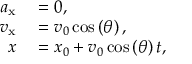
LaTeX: \begin{array} { r l } { a _ { \mathrm { x } } } & { { } = 0 , } \\ { v _ { \mathrm { x } } } & { { } = v _ { 0 } \cos \left( \theta \right) , } \\ { x } & { { } = x _ { 0 } + v _ { 0 } \cos \left( \theta \right) t , } \end{array}